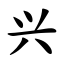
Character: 兴